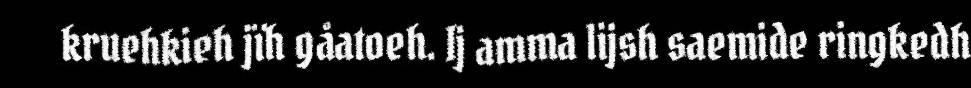
kruehkieh jïh gåatoeh. Ij amma lijsh saemide ringkedh